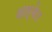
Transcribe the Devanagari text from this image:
अल्बेट